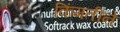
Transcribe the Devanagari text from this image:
किंमतीने